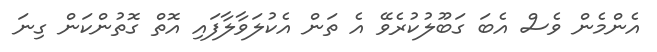
އެންމެން ވެސް އެބަ ގަބޫލުކުރެވޭ އެ ތަން އެކުލަވާލާފައި އޮތް ގޮތުންކަން ގިނަ